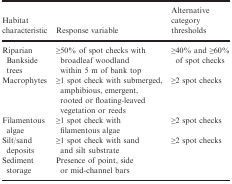
<table><thead><tr><td><b>Habitat characteristic</b></td><td><b>Response variable</b></td><td><b>Alternative category thresholds</b></td></tr></thead><tbody><tr><td>Riparian Bankside trees</td><td>≥50% of spot checks with broadleaf woodland within 5 m of bank top</td><td>≥40% and ≥60% of spot checks</td></tr><tr><td>Macrophytes</td><td>≥1 spot check with submerged, amphibious, emergent, rooted or floating‐leaved vegetation or reeds</td><td>≥2 spot checks</td></tr><tr><td>Filamentous algae</td><td>≥1 spot check with filamentous algae</td><td>≥2 spot checks</td></tr><tr><td>Silt/sand deposits</td><td>≥1 spot check with sand and silt substrate</td><td>≥2 spot checks</td></tr><tr><td>Sediment storage</td><td>Presence of point, side or mid‐channel bars</td><td></td></tr></tbody></table>